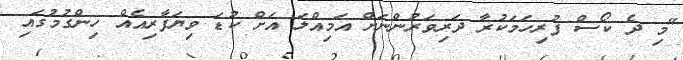
"މި ދެ ކޯސް ފުރިހަމަކުރާ ދަރިވަރުންނަށް އަމިއްލަ އަށް ކުޑަ ވިޔަފާރިއެއް ހިންގުމުގައި